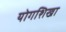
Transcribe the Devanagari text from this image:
योगशिखा